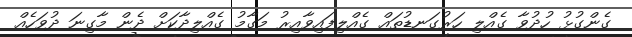
ގެންގުޅު ހުދުވާ ގެއްލި ހަރުގަނޑުތައް ގެއްލިފައިވާއިރު މަގާމު ގެއްލިދާކަށް ދެން މާގިނަ ދުވަހެއް